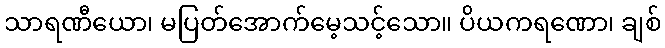
သာရဏီယော၊ မပြတ်အောက်မေ့သင့်သော။ ပိယကရဏော၊ ချစ်